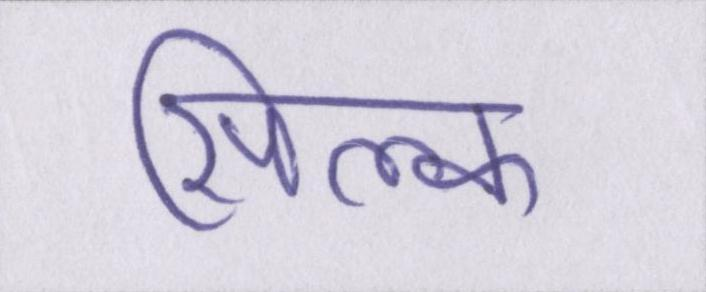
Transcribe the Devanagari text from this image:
सिल्क